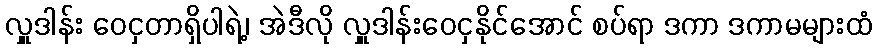
လှူဒါန်း ဝေငှတာရှိပါရဲ့၊ အဲဒီလို လှူဒါန်းဝေငှနိုင်အောင် စပ်ရာ ဒကာ ဒကာမများထံ